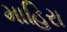
માહિરા